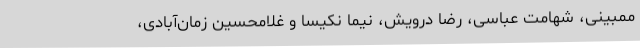
ممبینی، شهامت عباسی، رضا درویش، نیما نکیسا و غلامحسین زمان‌آبادی،